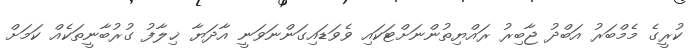
ކުރީގެ މެމްބަރު އަބްދު ޖާބިރު ރައްޔިތުންނަށްޓަކައި ވެވަޑައިގަންނަވަނީ އާދަޔާ ޚިލާފު ގުރުބާނީތަކެއް ކަމަށް